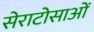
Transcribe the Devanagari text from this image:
सेराटोसाओं